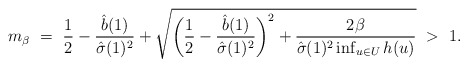
\begin{align*}m_\beta \ = \ \frac{1}{2} - \frac{\hat b(1)}{\hat\sigma(1)^2} + \sqrt{\bigg(\frac{1}{2} - \frac{\hat b(1)}{\hat\sigma(1)^2}\bigg)^2 + \frac{2\beta}{\hat\sigma(1)^2\inf_{u\in U}h(u)}} \ > \ 1.\end{align*}